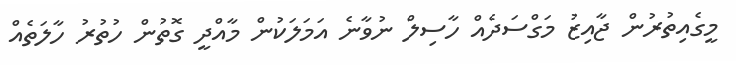
މީގެއިތުރުން ޖާއިޒު މަގްސަދެއް ހާސިލް ނުވާނެ އަމަލަކުން މާއްދީ ގޮތުން ހުތުރު ހާލަތެއް